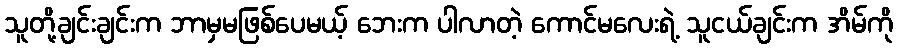
သူတို့ချင်းချင်းက ဘာမှမဖြစ်ပေမယ့် ဘေးက ပါလာတဲ့ ကောင်မလေးရဲ့ သူငယ်ချင်းက အိမ်ကို